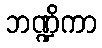
ဘဏ္ဍိကာ